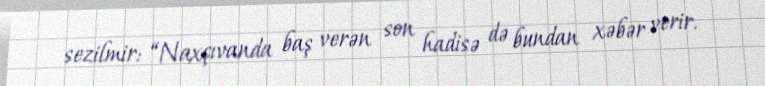
sezilmir: “Naxçıvanda baş verən son hadisə də bundan xəbər verir.